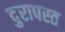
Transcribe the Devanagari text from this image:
दुरापस्त